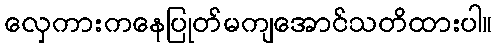
လှေကားကနေပြုတ်မကျအောင်သတိထားပါ။